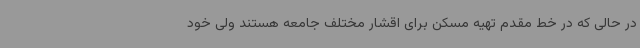
در حالی که در خط مقدم تهیه مسکن برای اقشار مختلف جامعه هستند ولی خود